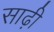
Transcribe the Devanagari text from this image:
साढ़ी